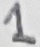
Text: 1